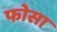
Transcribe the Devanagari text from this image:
फोसा